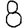
Digit: 8